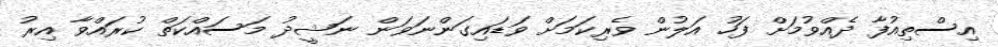
އިސްތިއުފާ ދެއްވުމަށް ފަހު އަލުން ވެރިކަމަށް ވަޑައިގަންނަވަން ނަޝީދު މަސައްކަތް ކުރައްވާ އިރު